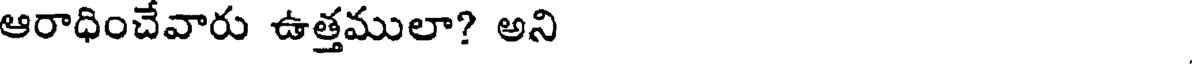
ఆరాధించేవారు ఉత్తములా? అని